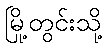
မြို့တွင်းသို့